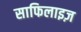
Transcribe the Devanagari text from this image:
साफिलाइज़